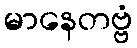
မာနေတဗ္ဗံ